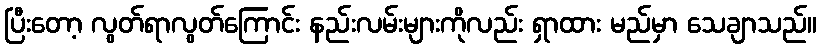
ပြီးတော့ လွတ်ရာလွတ်ကြောင်း နည်းလမ်းများကိုလည်း ရှာထား မည်မှာ သေချာသည်။